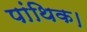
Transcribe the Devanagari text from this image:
पांथिक।